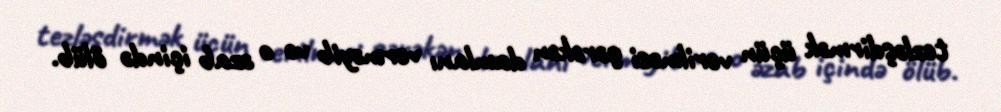
tezləşdirmək üçün verilməsi gərəkən damlanı verməyib və o əzab içində ölüb.